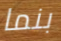
بنما